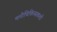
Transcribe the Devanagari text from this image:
मनोचिकित्सकशी